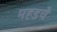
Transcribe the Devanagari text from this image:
महडचे